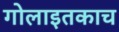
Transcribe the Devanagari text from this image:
गोलाइतकाच